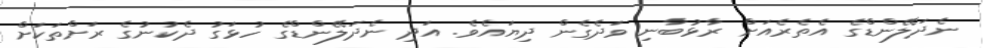
ނެދަލޭންޑްގެ އެތެރެއަށް ރާޅުބާނި ވަދެގެން ދިޔައެވެ. އަދި ނެދަލޭންޑްގެ ހުޅަގު ދެކުނުގެ ރަށްތަކަށް